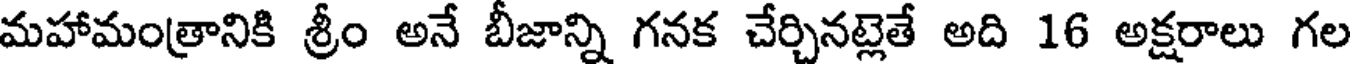
మహామంత్రానికి శ్రీం అనే బీజాన్ని గనక చేర్చినట్లెతే అది 16 అక్షరాలు గల